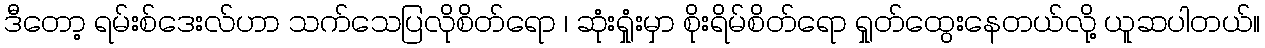
ဒီတော့ ရမ်းစ်ဒေးလ်ဟာ သက်သေပြလိုစိတ်ရော ၊ ဆုံးရှုံးမှာ စိုးရိမ်စိတ်ရော ရှုတ်ထွေးနေတယ်လို့ ယူဆပါတယ်။